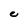
Character: C